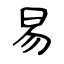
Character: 易